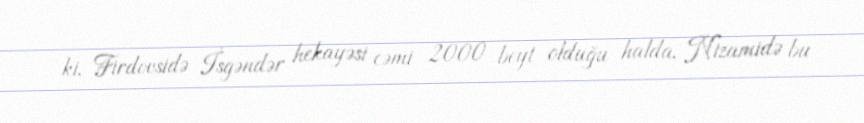
ki, Firdovsidə İsgəndər hekayəsi cəmi 2000 beyt olduğu halda, Nizamidə bu